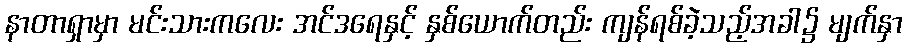
နာတာရှာမှာ မင်းသားကလေး အင်ဒရေနှင့် နှစ်ယောက်တည်း ကျန်ရစ်ခဲ့သည့်အခါ၌ မျက်နှာ